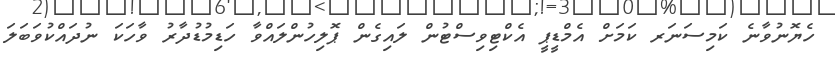
ހެޔޮނުވާނެ ކަމިސަނަރ ކަމަށް އެމްޑީޕީ އެކްޓިވިސްޓުން ލައިގެން ޕޮލިހުންލައްވާ ހަޑިމުޑުދާރު ވާހަކަ ނުދައްކުވަބަލަ